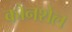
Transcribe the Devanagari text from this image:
कोनशेल